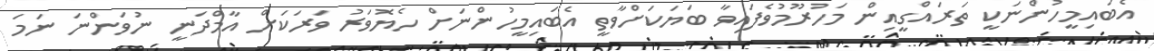
އެބައިމީހުންނަކީ ތަރައްގީއިން މަހުރޫމުވެފައިވާ ބަޔަކަށްވާތީ އެބައިމީހުންނަށް ހެޔޮވަރު ވަރަކަށް އާމްދަނީ ނުވަންނަ ނަމަ